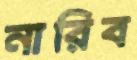
নারিব